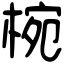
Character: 椀